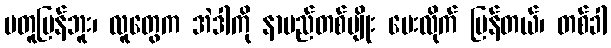
မတူပြန်ဘူး၊ လူတွေက အဲဒါကို နာမည်တစ်မျိုး ပေးလိုက် ပြန်တယ်၊ တစ်ခါ